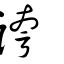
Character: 誇